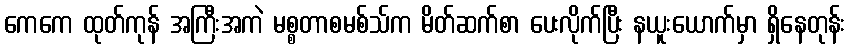
ကေကေ ထုတ်ကုန် အကြီးအကဲ မစ္စတာစမစ်သ်က မိတ်ဆက်စာ ပေးလိုက်ပြီး နယူးယောက်မှာ ရှိနေတုန်း